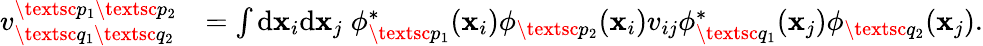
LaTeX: \begin{array}{rl}{{v}_{\textsc{q}_{1}\textsc{q}_{2}}^{\textsc{p}_{1}\textsc{p}_{2}}}&{=\int\mathrm{d}\mathbf{x}_{i}\mathrm{d}\mathbf{x}_{j}\; \phi_{\textsc{p}_{1}}^{*}(\mathbf{x}_{i})\phi_{\textsc{p}_{2}}(\mathbf{x}_{i})v_{ij}\phi_{\textsc{q}_{1}}^{*}(\mathbf{x}_{j})\phi_{\textsc{q}_{2}}(\mathbf{x}_{j}).}\end{array}